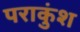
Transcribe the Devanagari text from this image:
पराकुंश